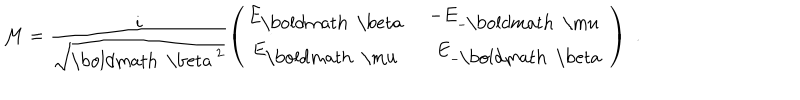
{ \cal M } = \frac { i } { \sqrt { { \mathrm { \boldmath ~ \ b e t a ~ } } ^ { 2 } } } \left( \begin{matrix} { { E _ { \mathrm { \boldmath ~ \ b e t a ~ } } } } & { { - E _ { - { \mathrm { \boldmath ~ \ m u ~ } } } } } \\ { { E _ { \mathrm { \boldmath ~ \ m u ~ } } } } & { { \, \, \, E _ { - { \mathrm { \boldmath ~ \ b e t a ~ } } } } } \\ \end{matrix} \right) \, \, .